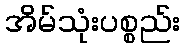
အိမ်သုံးပစ္စည်း